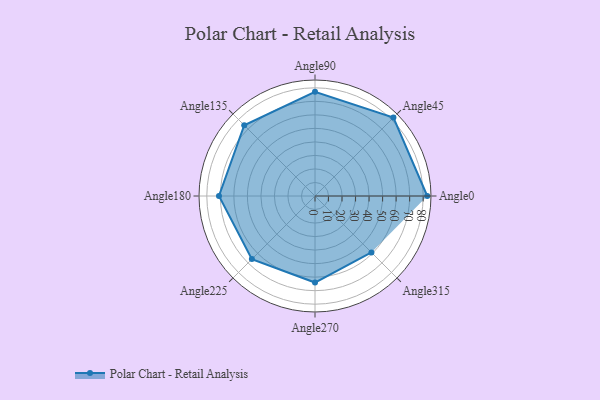
{"axis": {"x": "Angle", "y": "Radius"}, "legend": [""], "data": [{"x": "Angle0", "y": 83.0, "type": ""}, {"x": "Angle45", "y": 82.0, "type": ""}, {"x": "Angle90", "y": 77.0, "type": ""}, {"x": "Angle135", "y": 74.0, "type": ""}, {"x": "Angle180", "y": 71.0, "type": ""}, {"x": "Angle225", "y": 66.0, "type": ""}, {"x": "Angle270", "y": 64.0, "type": ""}, {"x": "Angle315", "y": 59.0, "type": ""}]}